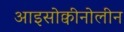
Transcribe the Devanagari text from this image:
आइसोक्वीनोलीन